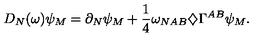
D _ { N } ( \omega ) \psi _ { M } = \partial _ { N } \psi _ { M } + \frac { 1 } { 4 } \omega _ { N A B } \diamondsuit \Gamma ^ { A B } \psi _ { M } .